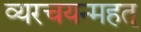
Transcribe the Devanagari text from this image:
व्यरचयन्महत्